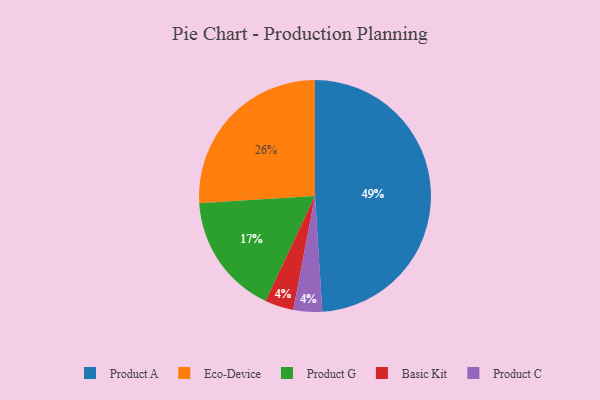
{"axis": {"x": "Category", "y": "Percentage"}, "legend": ["Basic Kit", "Eco-Device", "Product A", "Product C", "Product G"], "data": [{"x": "Product A", "y": 49, "type": "Product A"}, {"x": "Eco-Device", "y": 26, "type": "Eco-Device"}, {"x": "Basic Kit", "y": 4, "type": "Basic Kit"}, {"x": "Product C", "y": 4, "type": "Product C"}, {"x": "Product G", "y": 17, "type": "Product G"}]}